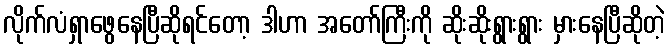
လိုက်လံရှာဖွေနေပြီဆိုရင်တော့ ဒါဟာ အတော်ကြီးကို ဆိုးဆိုးရွားရွား မှားနေပြီဆိုတဲ့